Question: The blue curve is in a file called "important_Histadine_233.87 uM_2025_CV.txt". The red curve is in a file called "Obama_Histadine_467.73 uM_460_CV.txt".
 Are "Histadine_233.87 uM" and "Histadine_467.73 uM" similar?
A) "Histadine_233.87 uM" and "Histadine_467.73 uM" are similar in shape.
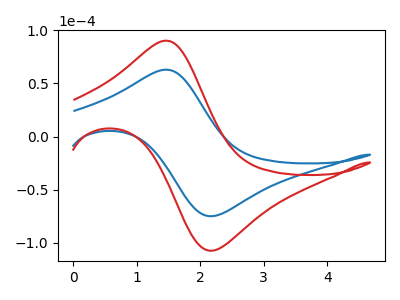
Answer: <think>The blue curve "Histadine_233.87 uM" has an anodic peak at (1.45V, 63.00uA) and a cathodic peak at (2.20V, -74.90uA). The red curve "Histadine_467.73 uM" has an anodic peak at (1.45V, 90.30uA) and a cathodic peak at (2.20V, -107.40uA).
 All the peaks in "Histadine_233.87 uM" have a peak in "Histadine_467.73 uM" at the same potential. Every peak in "Histadine_233.87 uM" is lower than every peak in "Histadine_467.73 uM".</think>
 <answer>A) "Histadine_233.87 uM" and "Histadine_467.73 uM" are similar in shape.</answer>
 <eval>A</eval>